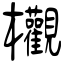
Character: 欟